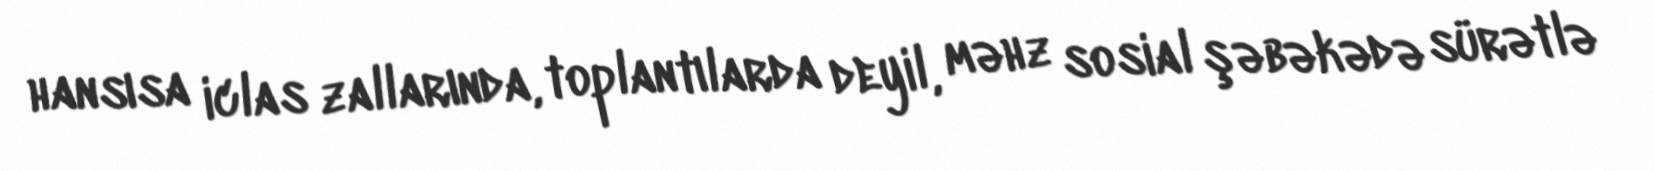
hansısa iclas zallarında, toplantılarda deyil, məhz sosial şəbəkədə sürətlə